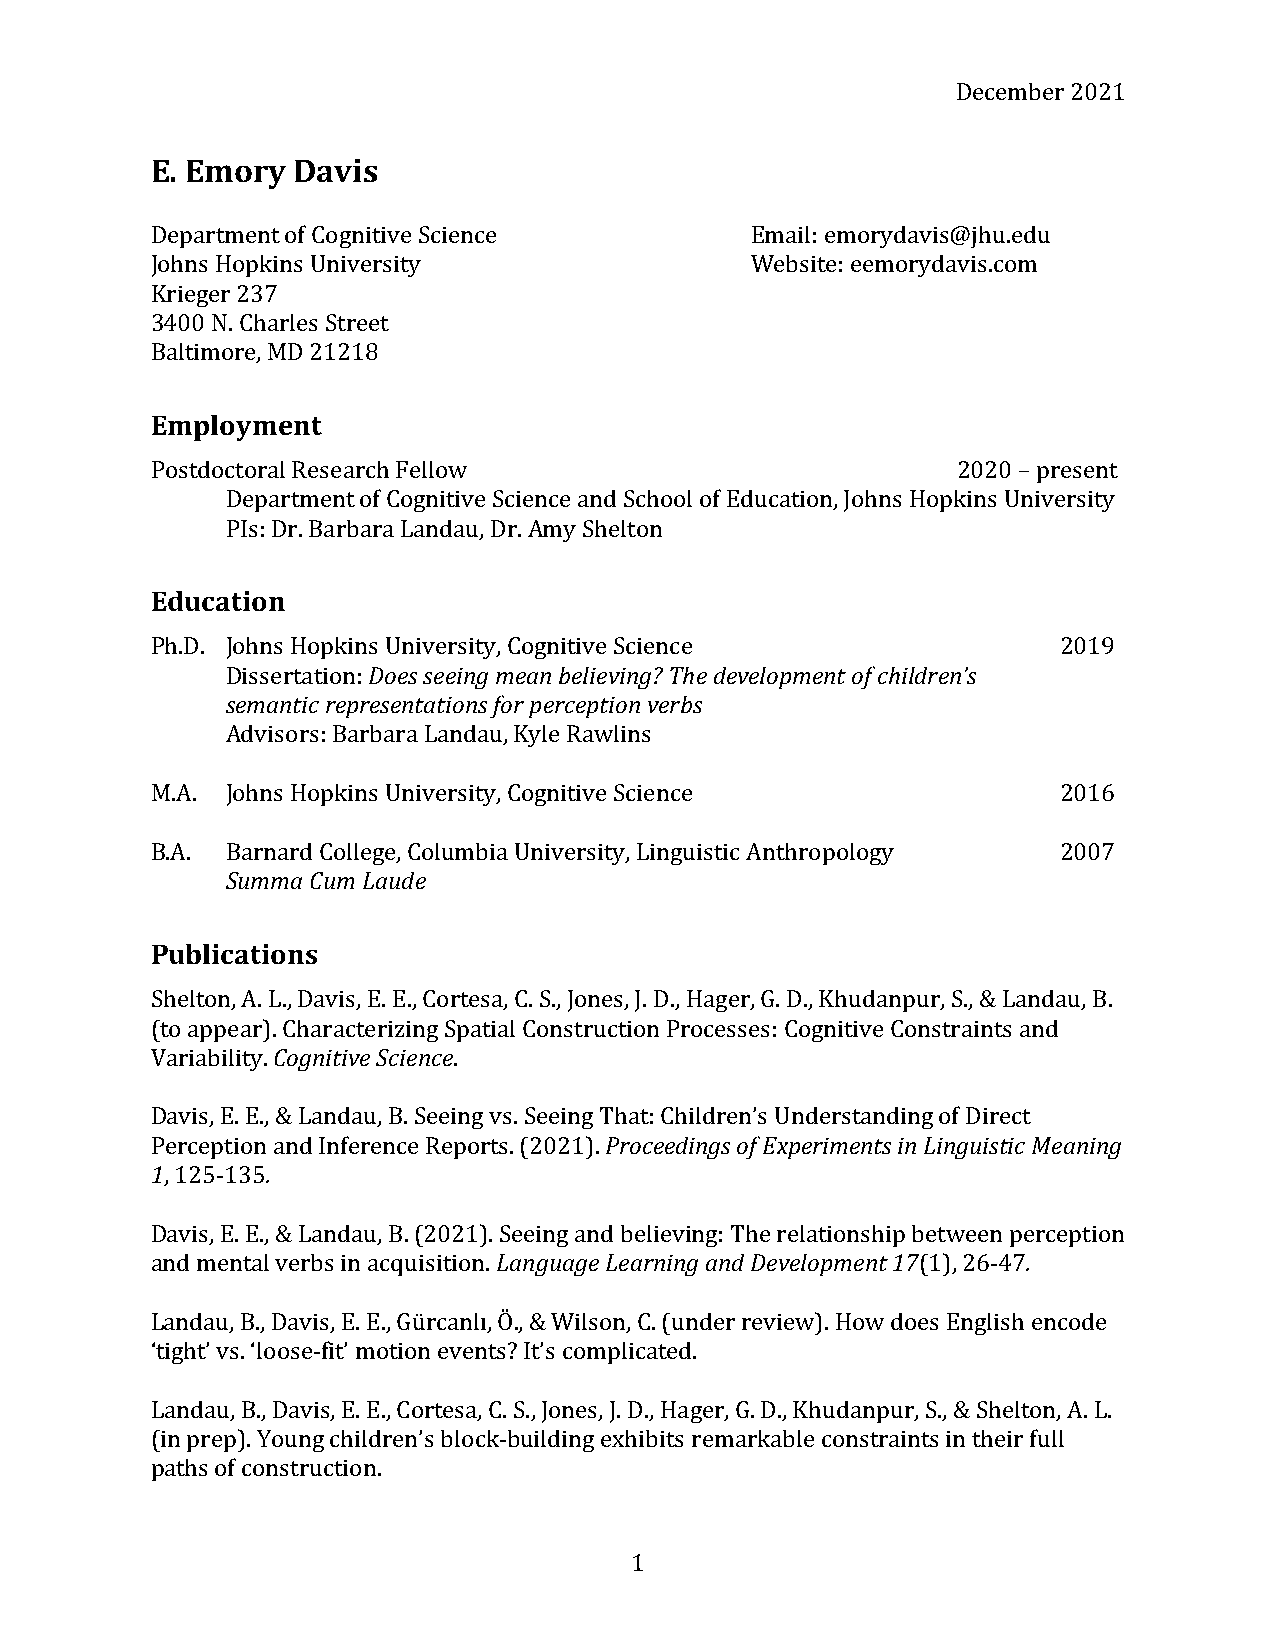
December 2021
 E. Emory Davis
 Department of Cognitive Science         Email: emorydavis@jhu.edu
 Johns Hopkins University                Website: eemorydavis.com
 Krieger 237
 3400 N. Charles Street
 Baltimore, MD 21218
 Employment
 Postdoctoral Research Fellow                         2020 – present
 Department of Cognitive Science and School of Education, Johns Hopkins University
 PIs: Dr. Barbara Landau, Dr. Amy Shelton
 Education
 Ph.D. Johns Hopkins University, Cognitive Science           2019
 Dissertation: Does seeing mean believing? The development of children’s
 semantic representations for perception verbs
 Advisors: Barbara Landau, Kyle Rawlins
 M.A. Johns Hopkins University, Cognitive Science            2016
 B.A. Barnard College, Columbia University, Linguistic Anthropology 2007
 Summa Cum Laude
 Publications
 Shelton, A. L., Davis, E. E., Cortesa, C. S., Jones, J. D., Hager, G. D., Khudanpur, S., & Landau, B.
 (to appear). Characterizing Spatial Construction Processes: Cognitive Constraints and
 Variability. Cognitive Science.
 Davis, E. E., & Landau, B. Seeing vs. Seeing That: Children’s Understanding of Direct
 Perception and Inference Reports. (2021). Proceedings of Experiments in Linguistic Meaning
 1, 125-135.
 Davis, E. E., & Landau, B. (2021). Seeing and believing: The relationship between perception
 and mental verbs in acquisition. Language Learning and Development 17(1), 26-47.
 Landau, B., Davis, E. E., Gürcanlı, Ö., & Wilson, C. (under review). How does English encode
 ‘tight’ vs. ‘loose-fit’ motion events? It’s complicated.
 Landau, B., Davis, E. E., Cortesa, C. S., Jones, J. D., Hager, G. D., Khudanpur, S., & Shelton, A. L.
 (in prep). Young children’s block-building exhibits remarkable constraints in their full
 paths of construction.
 1